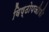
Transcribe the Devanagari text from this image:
विष्ठोपजीवी